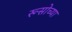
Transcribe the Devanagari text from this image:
रूसोच्या